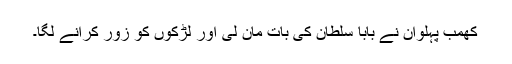
کھمب پہلوان نے بابا سلطان کی بات مان لی اور لڑکوں کو زور کرانے لگا۔